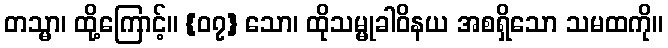
တသ္မာ၊ ထို့ကြောင့်။ {၀၇} သော၊ ထိုသမ္မုခါဝိနယ အစရှိသော သမထကို။